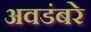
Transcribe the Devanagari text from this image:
अवडंबरे